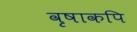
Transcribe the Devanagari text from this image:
वृषाकपि